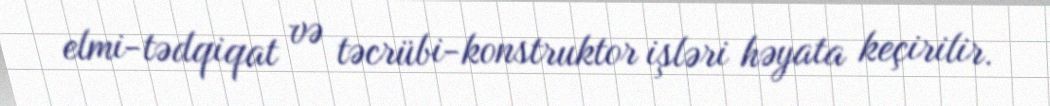
elmi-tədqiqat və təcrübi-konstruktor işləri həyata keçirilir.